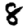
Digit: 8